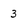
Character: 3